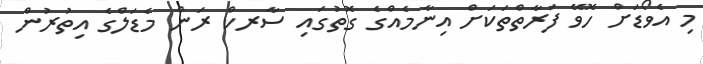
މި އެވޯޑަށް ހޮވޭ ފަރާތްތަކަށް އިނާމެއްގެ ގޮތުގައި ސާރކް ރަން މެޑަލްގެ އިތުރުން